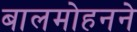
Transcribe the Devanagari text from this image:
बालमोहनने